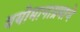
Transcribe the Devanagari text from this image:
वयोमानाप्रमाणे